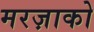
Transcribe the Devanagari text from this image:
मरज़ाको